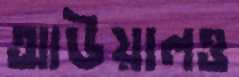
আউয়ালও